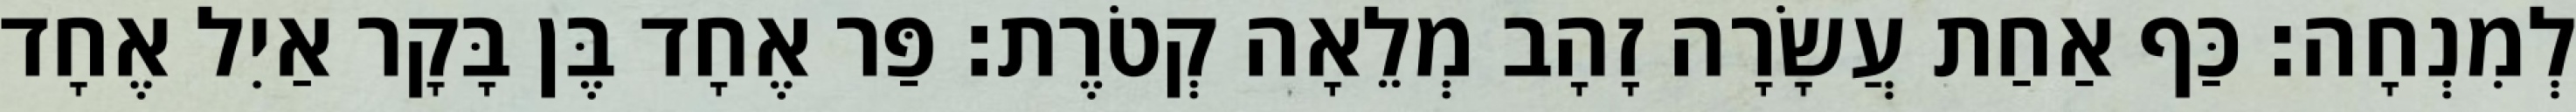
לְמִנְחָה׃ כַּף אַחַת עֲשָׂרָה זָהָב מְלֵאָה קְטֹרֶת׃ פַּר אֶחָד בֶּן בָּקָר אַיִל אֶחָד